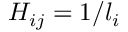
H _ { i j } = 1 / l _ { i }